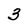
Character: 3